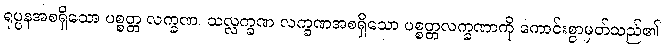
ရုပ္ပနအစရှိသော ပစ္စတ္တ လက္ခဏ၊ သလ္လက္ခဏ လက္ခဏအစရှိသော ပစ္စတ္တလက္ခဏာကို ကောင်းစွာမှတ်သည်၏